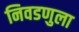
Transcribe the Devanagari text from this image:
निवडणुला